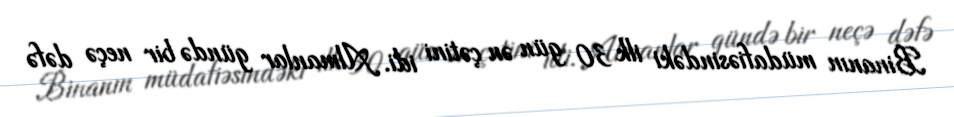
Binanın müdafiəsindəki ilk 30 gün ən çətini idi. Almanlar gündə bir neçə dəfə